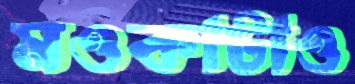
মওকাটাও